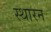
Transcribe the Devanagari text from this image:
स्थारन